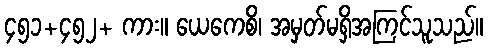
၄၅၁+၄၅၂+ ကား။ ယေကေစိ၊ အမှတ်မရှိအကြင်သူသည်။